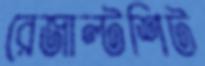
রেজাল্টশিট